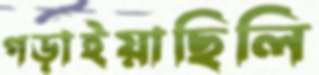
গড়াইয়াছিলি